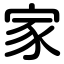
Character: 家